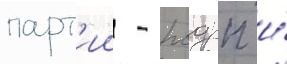
парт'ии - рсдрп и́